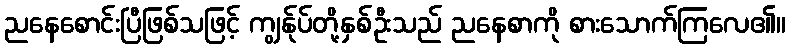
ညနေစောင်းပြီဖြစ်သဖြင့် ကျွန်ုပ်တို့နှစ်ဦးသည် ညနေစာကို စားသောက်ကြလေ၏။